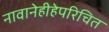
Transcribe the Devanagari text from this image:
नावानेहीहेपरिचित